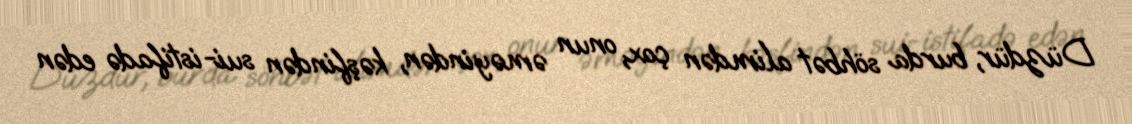
Düzdür, burda söhbət alimdən çox, onun əməyindən, kəşfindən sui-istifadə edən